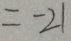
= - 2 1